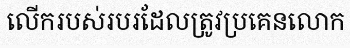
លើករបស់របរដែលត្រូវប្រគេនលោក